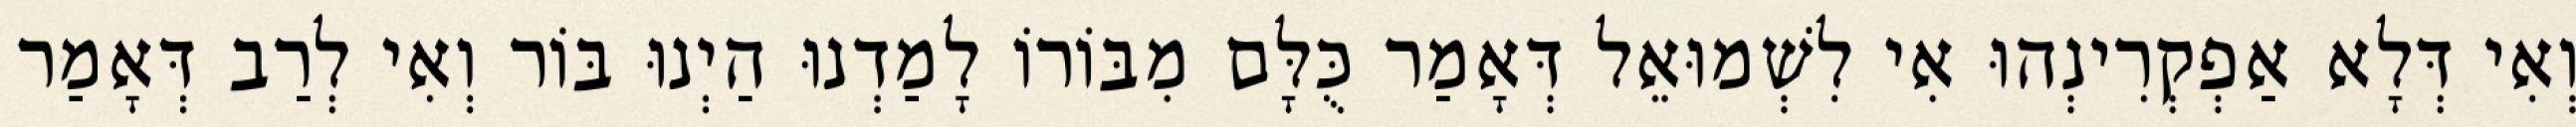
וְאִי דְּלָא אַפְקְרִינְהוּ אִי לִשְׁמוּאֵל דְּאָמַר כֻּלָּם מִבּוֹרוֹ לָמַדְנוּ הַיְנוּ בּוֹר וְאִי לְרַב דְּאָמַר